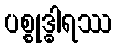
ပစ္စုဒ္ဓါရဿ